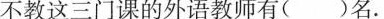
不教这三门课的外语教师有()名.